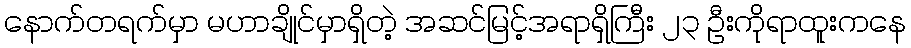
နောက်တရက်မှာ မဟာချိုင်မှာရှိတဲ့ အဆင်မြင့်အရာရှိကြီး ၂၃ ဦးကိုရာထူးကနေ